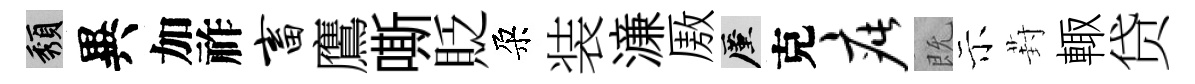
頽異加祚畜鷹嘶貶朶装濓厫厪克疵既示葑輙贷